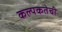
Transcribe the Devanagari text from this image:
कल्पकतेची